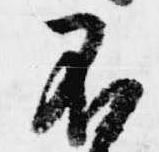
不